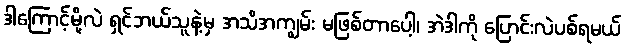
ဒါကြောင့်မို့လဲ ရှင်ဘယ်သူနဲ့မှ အသိအကျွမ်း မဖြစ်တာပေါ့၊ အဲဒါကို ပြောင်းလဲပစ်ရမယ်